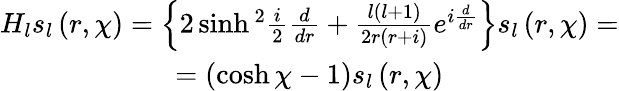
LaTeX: \begin{array}{c}{{H_{l}s_{l}\left(r,\chi\right)=\left\{ 2\sinh{}^{2}\frac{i}{2}\frac{d}{dr}+\frac{l\left(l+1\right)}{2r\left(r+i\right)}e^{i\frac{d}{dr}}\right\} s_{l}\left(r,\chi\right)=}}\\ {{=\left(\cosh\chi-1\right)s_{l}\left(r,\chi\right)}}\end{array}